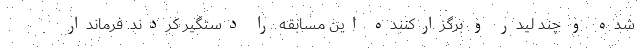
شده و چند لیدر و برگزارکننده این مسابقه را دستگیر کردند. فرماندار